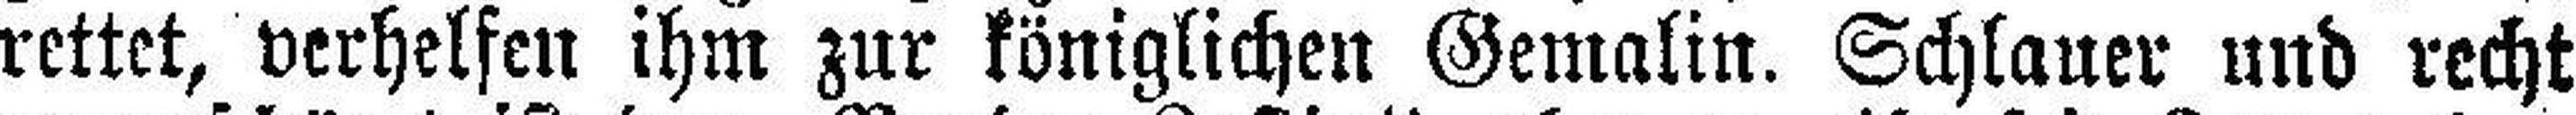
rettet, verhelfen ihm zur königlichen Gemalin. Schlauer und recht